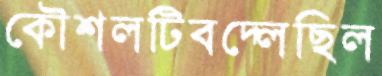
কৌশলটিবদ্‌লেছিল